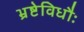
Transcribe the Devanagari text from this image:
भ्रष्टेविधौः